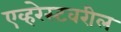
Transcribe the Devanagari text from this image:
एव्हरेस्टवरील